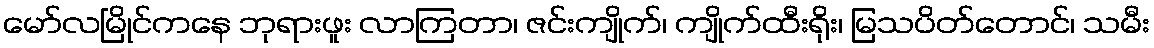
မော်လမြိုင်ကနေ ဘုရားဖူး လာကြတာ၊ ဇင်းကျိုက်၊ ကျိုက်ထီးရိုး၊ မြသပိတ်တောင်၊ သမီး